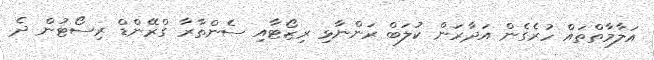
އަލާމާތްތައް ހުރެގެން އަދާރަން ކުލަބް ރަންނާޅި ރިޒޯޓާއި ސެންތާރާ ގްރޭންޑް ރިސޯޓުން ދެ